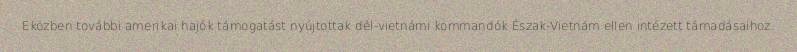
Eközben további amerikai hajók támogatást nyújtottak dél-vietnámi kommandók Észak-Vietnám ellen intézett támadásaihoz.